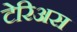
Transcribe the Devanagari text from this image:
टेरिअस